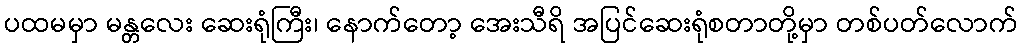
ပထမမှာ မန္တလေး ဆေးရုံကြီး၊ နောက်တော့ အေးသီရိ အပြင်ဆေးရုံစတာတို့မှာ တစ်ပတ်လောက်